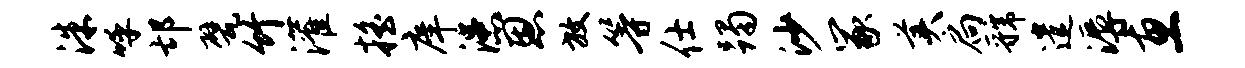
洙呼邙甓竹灌摇庠漶恩放等仕躅沙冢美扃虢遣溽惠